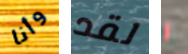
وأنا لقد ر